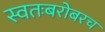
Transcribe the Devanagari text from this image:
स्वतःबरोबरच